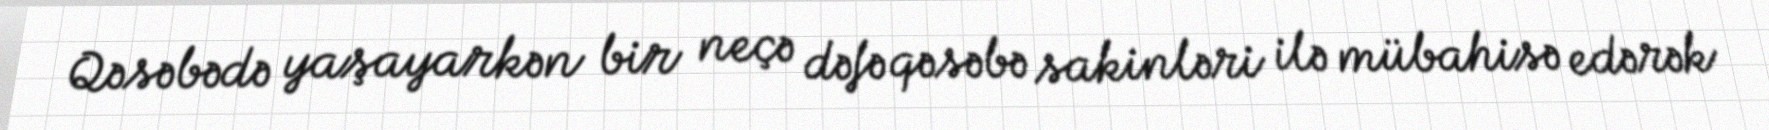
Qəsəbədə yaşayarkən bir neçə dəfə qəsəbə sakinləri ilə mübahisə edərək